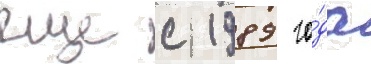
еще с 1989 го́да